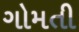
ગોમતી